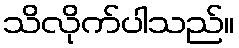
သိလိုက်ပါသည်။